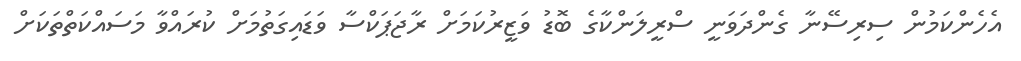
އެހެންކަމުން ސިރިސޭނާ ގެންދަވަނީ ސްރީލަންކާގެ ބޮޑު ވަޒީރުކަމަށް ރާޖަޕަކްސާ ވަޑައިގަތުމަށް ކުރައްވާ މަސައްކަތްތަކަށް